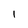
Character: I